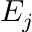
E _ { j }